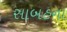
સાબહના